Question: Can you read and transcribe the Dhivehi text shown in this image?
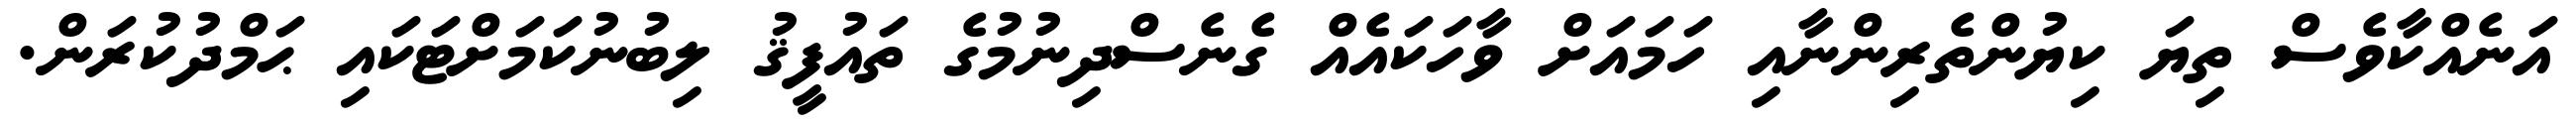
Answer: އަނެއްކާވެސް ތިޔަ ކިޔުންތެރިންނާއި ހަމައަށް ވާހަކައެއް ގެނެސްދިނުމުގެ ތައުފީޤު ލިބުނުކަމަށްޓަކައި ޙަމްދުކުރަން.